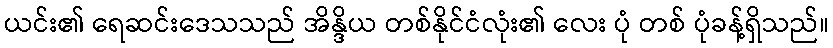
ယင်း၏ ရေဆင်းဒေသသည် အိန္ဒိယ တစ်နိုင်ငံလုံး၏ လေး ပုံ တစ် ပုံခန့်ရှိသည်။